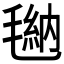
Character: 𪵠